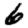
Digit: 6